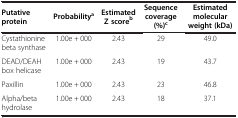
<table><thead><tr><td><b> </b></td><td><b> </b></td><td><b> </b></td><td><b>Sequence</b></td><td><b>Estimated</b></td></tr><tr><td><b>Putative</b></td><td rowspan="2"><b>Probability</b></td><td><b>Estimated</b></td><td rowspan="2"><b>coverage</b></td><td rowspan="2"><b>molecular</b></td></tr><tr><td><b>protein</b></td><td><b>Z score<sup>b</sup></b></td></tr><tr><td><b> </b></td><td><b> </b></td><td><b> </b></td><td><b>(%)<sup>c</sup></b></td><td><b>weight (kDa)</b></td></tr></thead><tbody><tr><td>Cystathionine beta synthase</td><td>1.00e + 000</td><td>2.43</td><td>29</td><td>49.0</td></tr><tr><td>DEAD/DEAH box helicase</td><td>1.00e + 000</td><td>2.43</td><td>19</td><td>43.7</td></tr><tr><td>Paxillin</td><td>1.00e + 000</td><td>2.43</td><td>23</td><td>46.8</td></tr><tr><td>Alpha/beta hydrolase</td><td>1.00e + 000</td><td>2.43</td><td>18</td><td>37.1</td></tr></tbody></table>